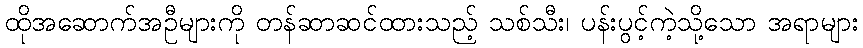
ထိုအဆောက်အဦများကို တန်ဆာဆင်ထားသည့် သစ်သီး၊ ပန်းပွင့်ကဲ့သို့သော အရာများ